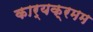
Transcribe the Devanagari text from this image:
कार्यक्रमम